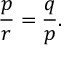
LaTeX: { \frac { p } { r } } = { \frac { q } { p } } .